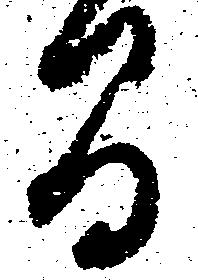
間